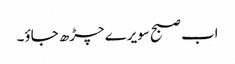
اب صبح سویرے چڑھ جاؤ۔